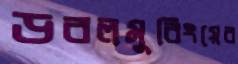
ডবলমুরিংয়ের